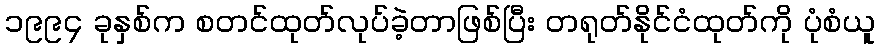
၁၉၉၄ ခုနှစ်က စတင်ထုတ်လုပ်ခဲ့တာဖြစ်ပြီး တရုတ်နိုင်ငံထုတ်ကို ပုံစံယူ